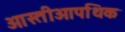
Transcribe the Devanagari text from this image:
ओस्तीओपथिक